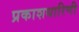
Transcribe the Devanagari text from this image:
प्रकाशधारिणी